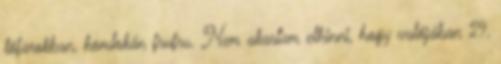
lófarokban, homlokán frufru. Nem akartam elhinni, hogy valójában 29,